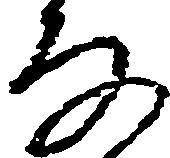
な